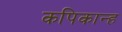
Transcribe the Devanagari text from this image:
कपिकान्ह